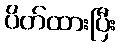
ပိတ်ထားပြီး